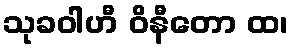
သုခဝါဟီ ဝိနီတော ထ၊